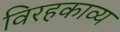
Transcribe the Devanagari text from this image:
विरहकाव्य